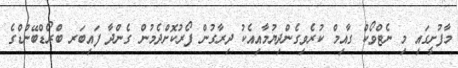
މާފުށީގައި މި ނެޓްވޯކް ގާއިމް ކުރެވިގެންދިޔުމާއިއެކު ދިރާގުން ފޯރުކޮށްދެމުން ގެންދާ ފައިބަރ ބްރޯޑްބޭންޑްގެ